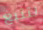
لتتبع